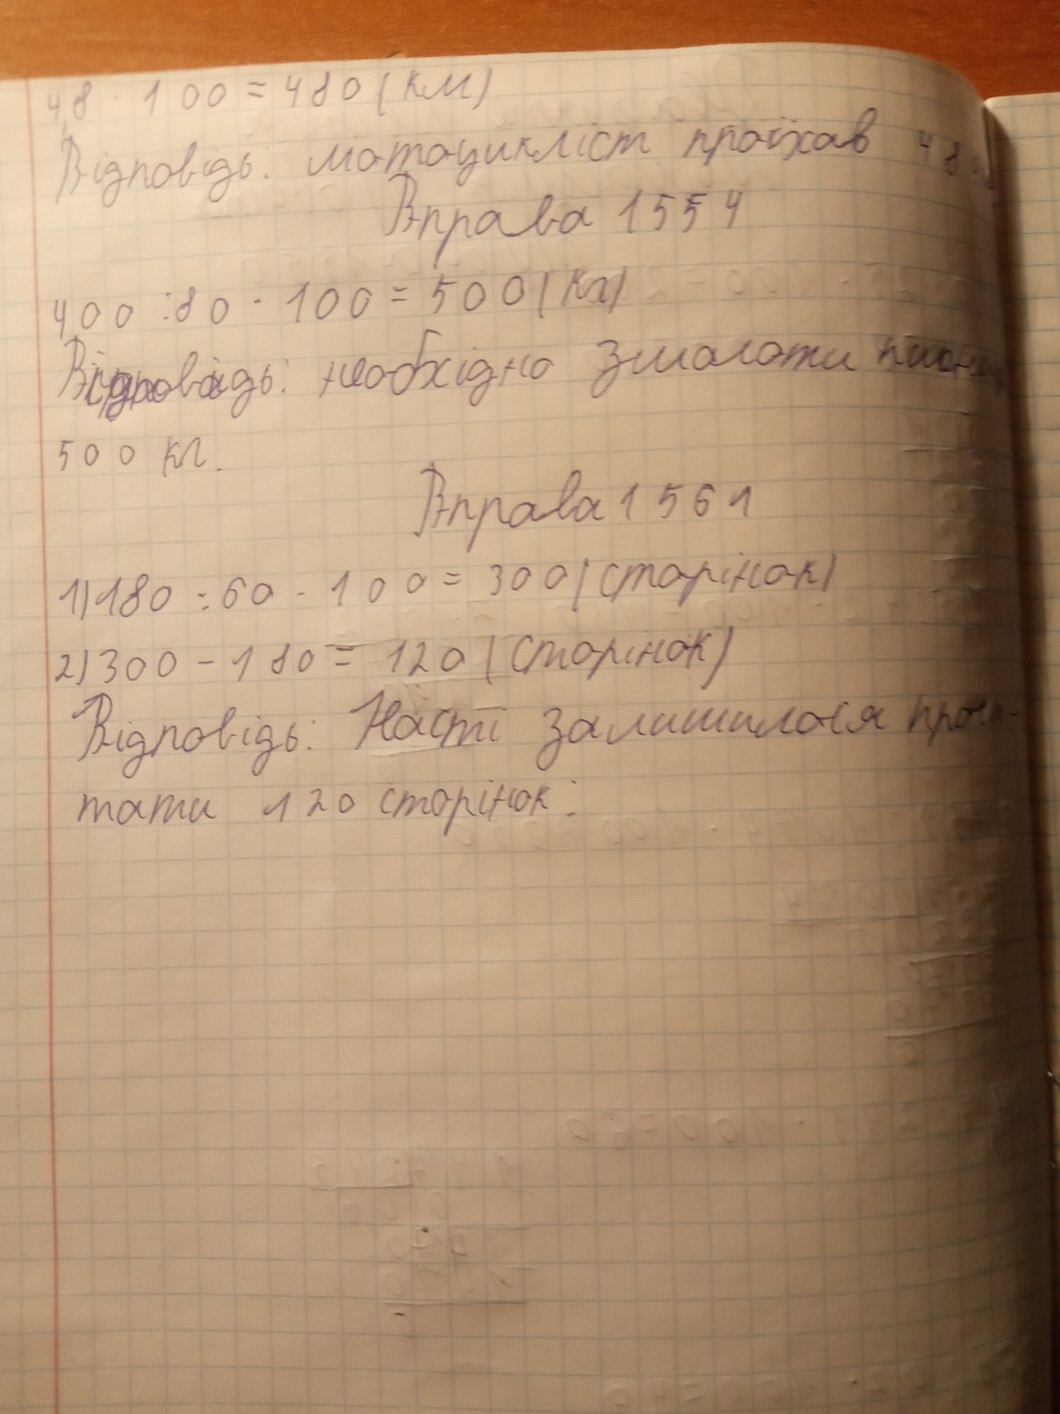
4,8 · 100 = 480 (км)
Відповідь: мотоцикліст проїхав 48
Вправа 1554
400 : 80 · 100 = 500 (кг)
Відповідь: необхідно змолоти пшен
500 кг
Вправа 1561
1) 180 : 60 · 100 = 300 (сторінок)
2) 300 - 180 = 120 (сторінок)
Відповідь: Насті залишилося прочи-
тати 120 сторінок